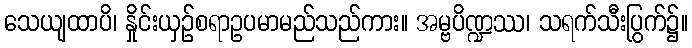
သေယျထာပိ၊ နှိုင်းယှဉ်စရာဥပမာမည်သည်ကား။ အမ္ဗပိဏ္ဍဿ၊ သရက်သီးပြွက်၌။